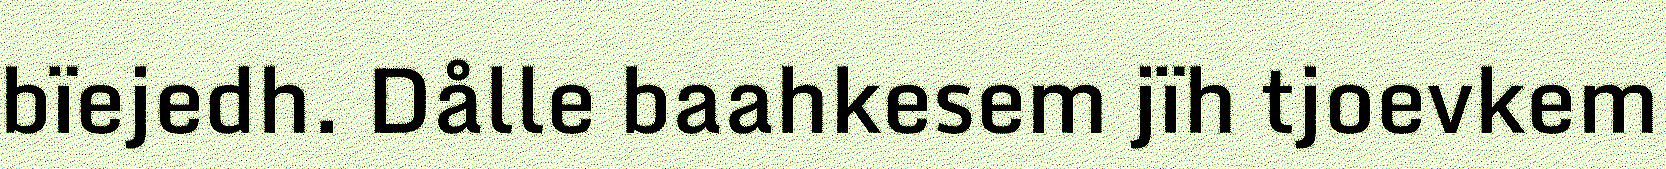
bïejedh. Dålle baahkesem jïh tjoevkem